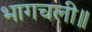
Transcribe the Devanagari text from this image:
भागचली॥